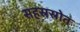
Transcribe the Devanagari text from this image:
सहस्रस्रोत